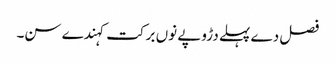
فصل دے پہلے دڑوپے نوں برکت کہندے سن۔